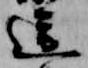
送